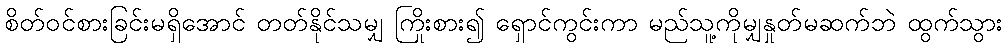
စိတ်ဝင်စားခြင်းမရှိအောင် တတ်နိုင်သမျှ ကြိုးစား၍ ရှောင်ကွင်းကာ မည်သူ့ကိုမျှနှုတ်မဆက်ဘဲ ထွက်သွား